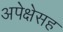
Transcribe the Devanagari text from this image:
अपेक्षेसह